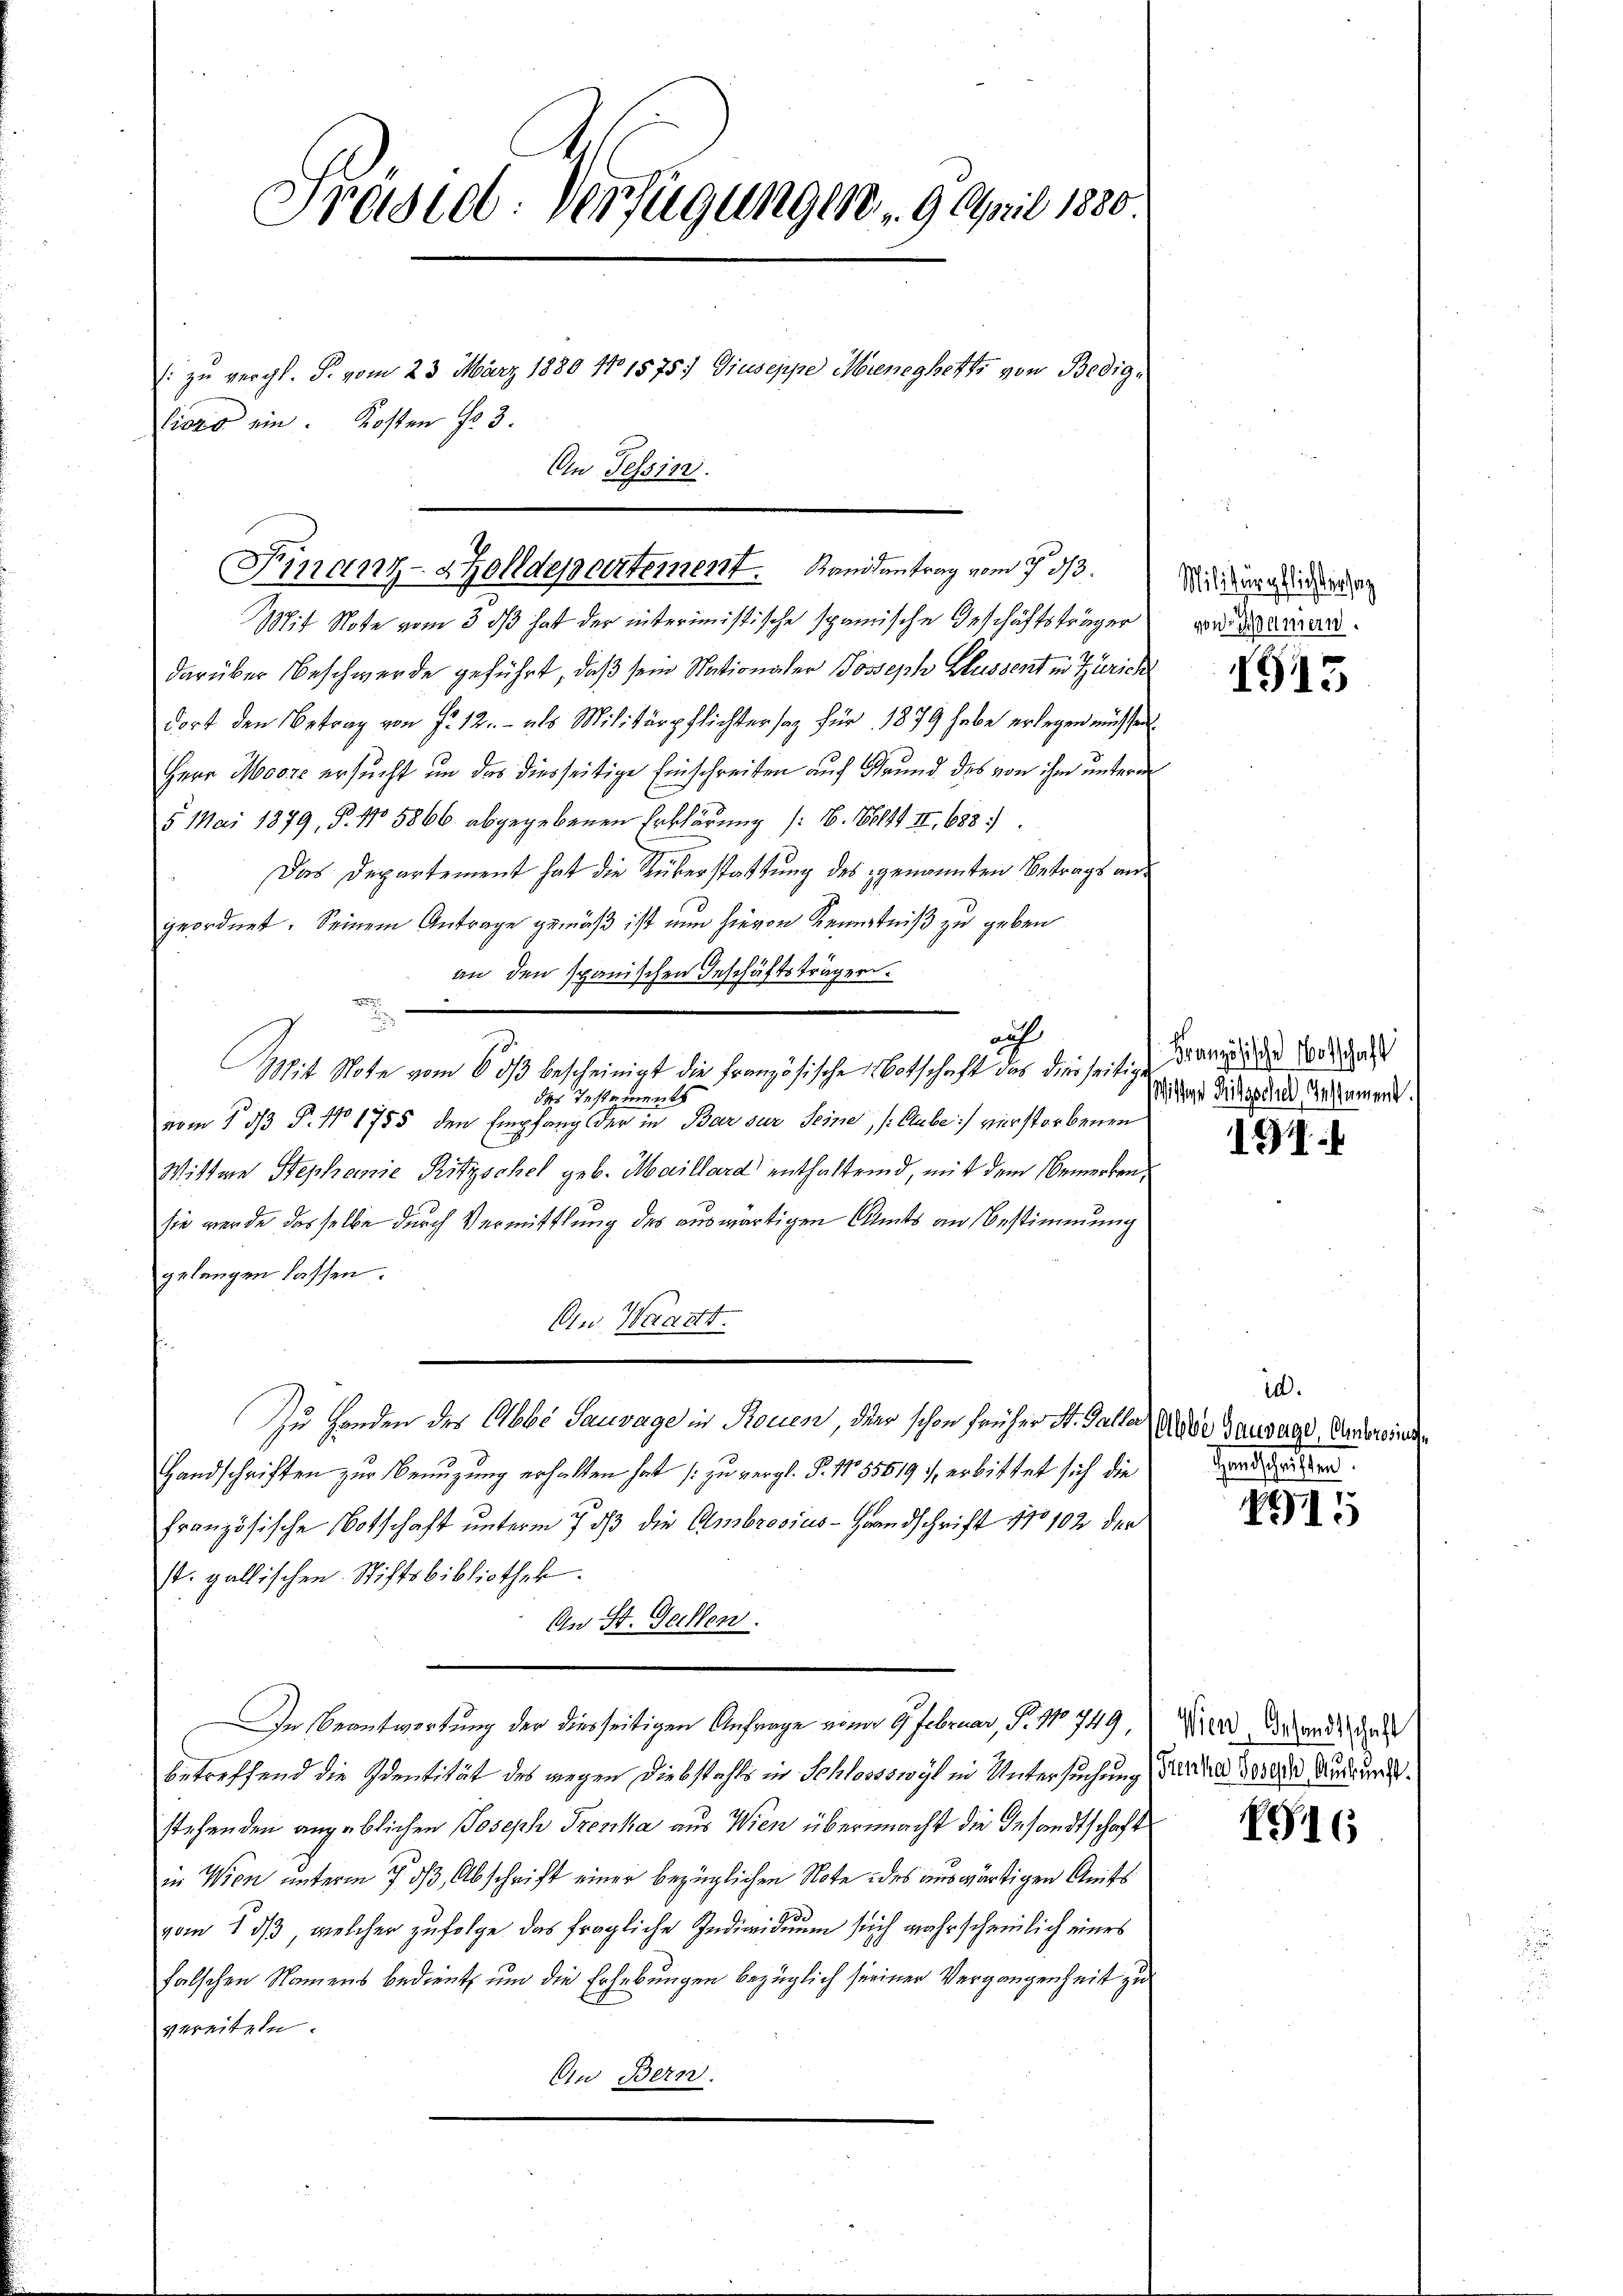
Prösel. Verfügungen 9. April 1880

Piers ein. Kosten No 3.

zu vergl. S. vom 23. März 1880 No 1575: Giuseppe Moreneghette von Bedig¬
An Tessin.

Mit Note vom 3. ds hat der interimistische spanische Geschäftsträger
darüber Beschwerde geführt, daß sein Nationaler Joseph Flussert in Zürich
dort den Betrag von P. 12. - als Militärpflichter sag für 1879 habe erlegen müssen
Herr Moor ersucht um das diesseitige Einschreiben auf Grund des von ihm unterm
5 Mai 1879, P. No 5866 abgegebenen Erklärung /: 16. 614 II., 688.
Das Departement hat die Rüberstattung des genannten Betrags angeordnet. Seinem Antrage gemäß ist nun hievon Kenntniß zu geben
an den spanischen Geschäftsträger.
.
Mit Note vom 6. dβ bescheinigt die Französische Notschaft das diesseitige
das Testaments
vom 1. ds P. No 1755 den Empfang der in Bar sur seine, (Cube) verstorbenen
Wittwe Stephanie Ritzschel geb. Maillard enthaltend, mit dem Bemerken,
sie werde dasselbe durch Vermittlung des auswärtigen Amts an Bestimmung
gelangen lassen.
An Waartt.
Zu Handen des Abbé Sauvage in Rouen, der schon früher St. Gallas Ande Gausage, Andereins
Handschriften zur Benuzung erhalten hat (zu vergl. §. 15569/, erbittet sich die Frauen.
französische Botschaft unterm 7 dß die Ambrosius-Grandschrift No 102 der
st. gallischen Stiftsbibliothek.
An St. Gallen.
In Beantwortung der diesseitigen Anfrage von 9 Februar, P. No. 749,
betreffend die Identität des wegen Diebstahls in Schlossswyl in Untersuchung und 8000 Mudrung
stehenden angeblichen Joseph Trenka aus Wien übermacht die Gesandtschaft
in Wien unterm 7. ds Abschrift einer bezüglichen Note des auswärtigen Amts
vom 1 dβ, welcher zufolge das fragliche Individuum sich wahrscheinlich eines
falschen Namens bedient, um die Erhebungen bezüglich seiner Vergangenheit zu
vereiteln.
An Bern.

Finanz-Zolldepartement. Kanidantrag vom 7 3/3.

ach

Militärpflichtersag
von Kämern.

1515

Französische Notschaft
Wissene Fritzschel, Instament.

191

in.

1915

Wien, Gesandtschaft

G16